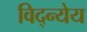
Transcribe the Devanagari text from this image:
विद्न्येय